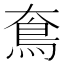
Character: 𩾪